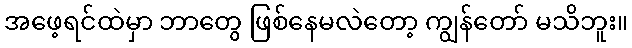
အဖေ့ရင်ထဲမှာ ဘာတွေ ဖြစ်နေမလဲတော့ ကျွန်တော် မသိဘူး။